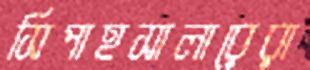
সিপাহসালারেরা